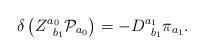
LaTeX: \begin{align*}\delta \left( Z_{\;\;b_{1}}^{a_{0}}{\cal P}_{a_{0}}\right)=-D_{\;\;b_{1}}^{a_{1}}\pi _{a_{1}}. \end{align*}